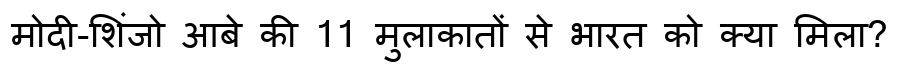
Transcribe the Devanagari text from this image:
मोदी-शिंजो आबे की 11 मुलाकातों से भारत को क्या मिला?